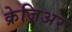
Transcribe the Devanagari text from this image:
क्रेज़िअर